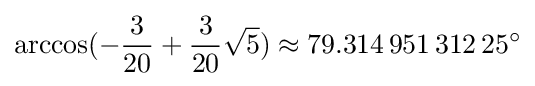
\arccos(-{\frac {3}{20}}+{\frac {3}{20}}{\sqrt {5}})\approx 79.314\,951\,312\,25^{\circ }